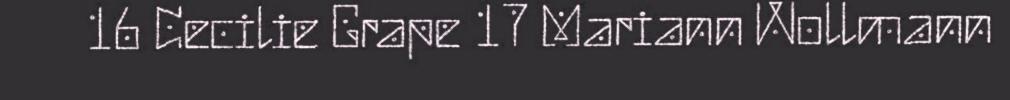
16 Cecilie Grape 17 Mariann Wollmann